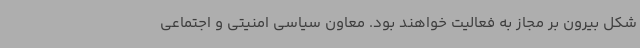
شکل بیرون ‌بر مجاز به فعالیت خواهند بود. معاون سیاسی امنیتی و اجتماعی